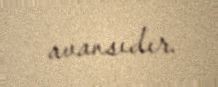
avansıdır.